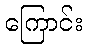
ကြောင်း